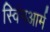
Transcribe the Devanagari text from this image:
स्विंगआर्म